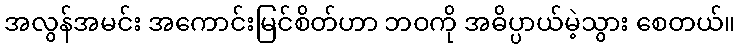
အလွန်အမင်း အကောင်းမြင်စိတ်ဟာ ဘဝကို အဓိပ္ပာယ်မဲ့သွား စေတယ်။